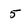
Character: 5